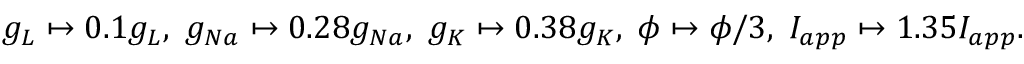
g _ { L } \mapsto 0 . 1 g _ { L } , \; g _ { N a } \mapsto 0 . 2 8 g _ { N a } , \; g _ { K } \mapsto 0 . 3 8 g _ { K } , \; \phi \mapsto \phi / 3 , \; I _ { a p p } \mapsto 1 . 3 5 I _ { a p p } .